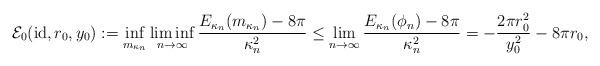
LaTeX: \begin{align*} \mathcal E_0(\mathrm{id}, r_0, y_0) := \inf_{m_{\kappa_n}} \liminf_{n \to \infty} {E_{\kappa_n}(m_{\kappa_n}) - 8 \pi \over \kappa_n^2} \leq \lim_{n \to \infty} {E_{\kappa_n}(\phi_n) - 8 \pi \over \kappa_n^2} = - {2 \pi r_0^2 \over y_0^2} - 8 \pi r_0,\end{align*}